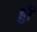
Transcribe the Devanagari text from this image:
हुी